Vaccination in Bombay 1874-1876 - 1874-1876
Year: 1874
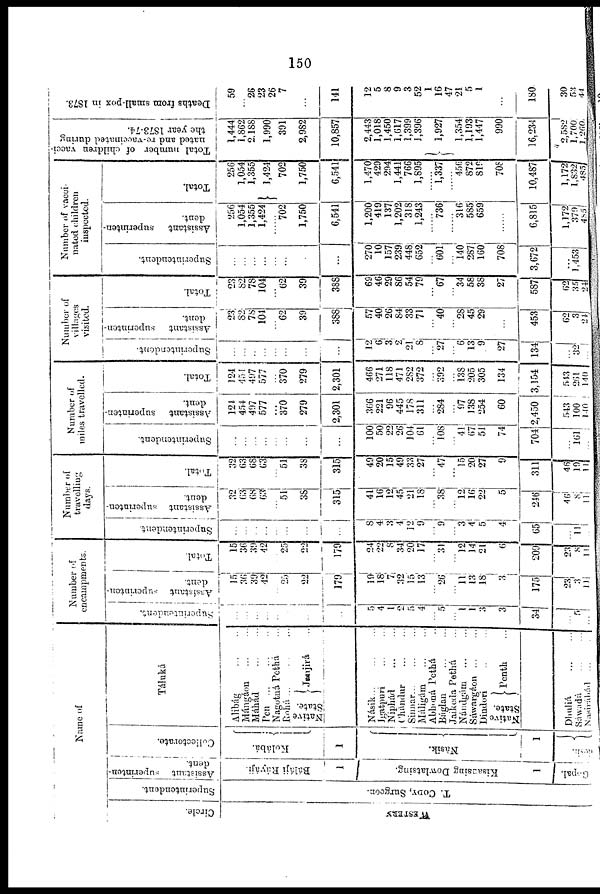
150
Name of
Circle.
WESTERN
Superintendent.
T. CODY, Surgeon.
Assistant
superinten¬
dent.
Báláji Ráyáji.
1
Kisassing Dowlatsing.
1
Gopal.
Collectorate.
Kolábá.
1
Nàsik.
1
áesh.
Táluká
Alibág
...
...
Mángáon
...
...
Máhád
...
...
Pen
...
...
...
Nagotnà Pethá ...
Rohá
...
...
...
Native
State.
Janjirá ...
Násik
...
...
...
Igatpuri
...
...
Niphárd
...
...
Chándur ... ...
Sinnar ... ... ...
Máligám
...
...
Abhoná Pethá ...
Báglan
...
...
Jaikeda Pethá ...
Nándgám
...
...
Sáwargáon ... ...
Dindori ... ...
Native
State.
Penth ...
Dhuliá
...
...
Sáwadá
...
...
Nasirábád ... ...
Number of
encampments.
Superintendent.
...
...
...
...
...
...
...
5
4
1
2
5
4
...
5
...
1
1
3
3
34
...
5
...
Assistant superinten-
dent.
15
36
39
42
...
25
22
179
19
181
7
32
15
13
...
26
...
11
13
18
3
175
23
3
11
Total.
15
36
39
42
...
25
22
179
24
22
8
34
20
17
...
31
...
12
14
21
6
209
23
8
11
Number of
travelling
days.
Superintendent.
...
...
...
...
...
...
...
...
8
41
3 4
12
9 ...
9
...
3
4 5
4
65
...
11
...
Assistant superinten-
dent.
32
63
68
63
... 51
38
315
41
16
12
45
21
18
... 38
... 12
16
22
5
246
46
8
11
Total.
32
63
68
63
...
51
33
315
49
20
15
49
33
27
...
47
...
15
20
27
9
311
46
19
11
Number of
miles travelled.
Superintendent.
...
...
...
...
...
...
...
...
100
50
22
26
104
61
...
108
...
41
67
51
74
704
...
161
...
Assistant
superinten-
dent.
124
454
497
577
...
370
279
2,301
366
221
96
445
178
311
...
284
...
97
138
254
60
2,450
543
100
140
Total.
124
454
497
577
...
370
279
2,301
466
271
118
471
282
372
...
392
...
138
205
305
134
3,154
543
261
140
Number of
villages
visited.
Superintendent.
...
...
...
...
...
...
...
...
12
6
3
2
21
8
...
27
...
6
13
9
27
134
...
32
...
Assistant superinten-
dent.
23
82
78
104
...
62
39
388
57
40
26
84
33
71
... 40
...
28
45
29
...
453
62
3
24
Total.
23
82
78
104
...
62
39
388
69
46
29
86
54
79
...
67
...
34
58
38
27
587
62
35
24
Number of vacci¬
nated children
inspected.
Superintendent.
...
...
...
...
...
...
...
...
270
10
157
239
448
652
...
601
...
140
287
160
708
3,672
...
1,453
...
Assistant
superinten-
dent.
256
1,054
1,355
1,424
...
702
1,750
6,541
1,200
419
137
1,202
318
1,243
...
736
316
585
659
...
6,815
1,172
379
485
Total.
256
1,054
1,355
1,424
702
1,750
6,541
1,470
429
294
1,441
766
1,895
1,337
......
456
872
819
708
10,487
1,172
1,832
485
Total number of children vacci-
nated and re-vaccinated during
the year 1873-74.
1,444
1,862
2,188
1,990
391
2,982
10,857
2,443
1,018
1,450
1,617
1,399
1,396
1,927
1,354
1,193
1,447
990
16,234
2,582
1,700
1,260
Deaths from small-pox in 1873.
59
...
26
23
26
7
...
141
12
5
8
9
3
52
1
16
47
21
5
1
...
180
30
53
44